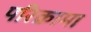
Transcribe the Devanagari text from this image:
परिक्रामा